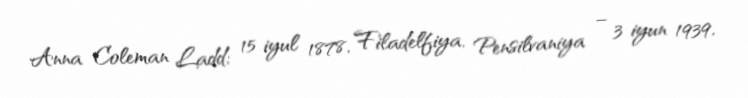
Anna Coleman Ladd; 15 iyul 1878, Filadelfiya, Pensilvaniya – 3 iyun 1939,